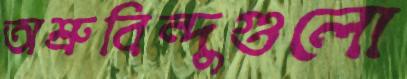
অশ্রুবিন্দুগুলো